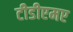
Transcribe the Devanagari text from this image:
टीडीएमए